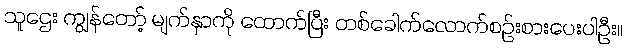
သူဌေး ကျွန်တော့် မျက်နှာကို ထောက်ပြီး တစ်ခေါက်လောက်စဉ်းစားပေးပါဦး။